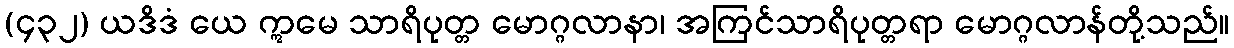
(၄၃၂) ယဒိဒံ ယေ ဣမေ သာရိပုတ္တ မောဂ္ဂလာနာ၊ အကြင်သာရိပုတ္တရာ မောဂ္ဂလာန်တို့သည်။